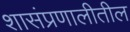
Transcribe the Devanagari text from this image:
शासंप्रणालीतील